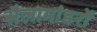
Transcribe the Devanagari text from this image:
सैलामांडरों